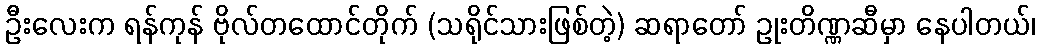
ဦးလေးက ရန်ကုန် ဗိုလ်တထောင်တိုက် (သရိုင်သားဖြစ်တဲ့) ဆရာတော် ဥုးတိဏ္ဏဆီမှာ နေပါတယ်၊